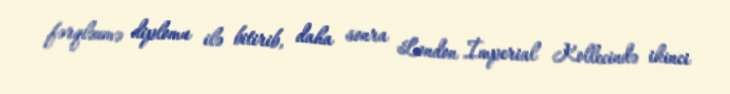
fərqlənmə diplomu ilə bitirib, daha sonra London İmperial Kollecində ikinci